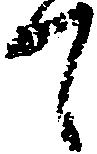
て